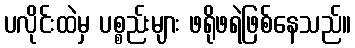
ပလိုင်းထဲမှ ပစ္စည်းများ ဖရိုဖရဲဖြစ်နေသည်။